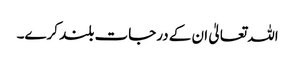
اللہ تعالیٰ ان کے درجات بلند کرے۔